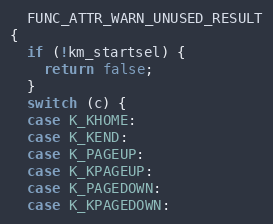
Language: C
  FUNC_ATTR_WARN_UNUSED_RESULT
{
  if (!km_startsel) {
    return false;
  }
  switch (c) {
  case K_KHOME:
  case K_KEND:
  case K_PAGEUP:
  case K_KPAGEUP:
  case K_PAGEDOWN:
  case K_KPAGEDOWN: